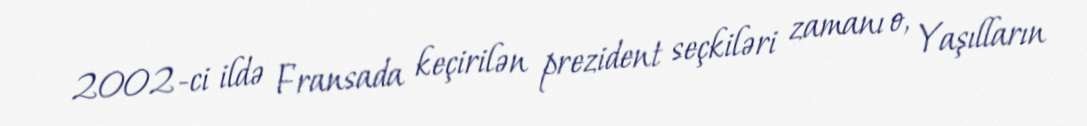
2002-ci ildə Fransada keçirilən prezident seçkiləri zamanı o, Yaşılların